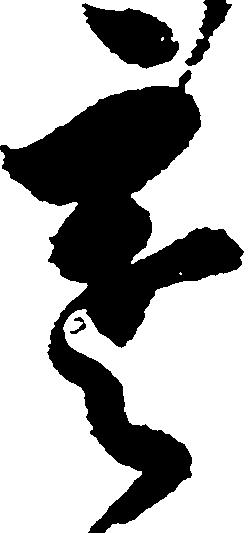
寒